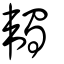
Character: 韣